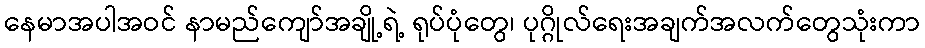
နေမာအပါအဝင် နာမည်ကျော်အချို့ရဲ့ ရုပ်ပုံတွေ၊ ပုဂ္ဂိုလ်ရေးအချက်အလက်တွေသုံးကာ